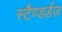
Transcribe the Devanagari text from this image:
स्टैण्डर्डज़